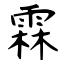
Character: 霖